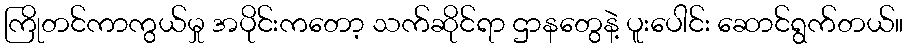
ကြိုတင်ကာကွယ်မှု အပိုင်းကတော့ သက်ဆိုင်ရာ ဌာနတွေနဲ့ ပူးပေါင်း ဆောင်ရွက်တယ်။